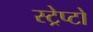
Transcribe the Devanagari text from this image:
स्ट्रेप्टो